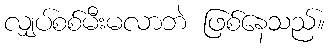
လျှပ်စစ်မီးမလာဘဲ ဖြစ်နေသည်။